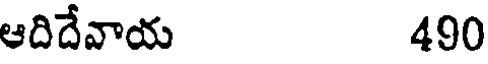
ఆదిదేవాయ 490